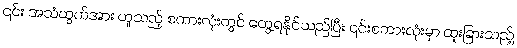
၎င်း အသံထွက်အား ဟူသည့် စကားလုံးတွင် တွေ့ရနိုင်သည်ပြီး ၎င်းစကားလုံးမှာ ထူးခြားသည့်